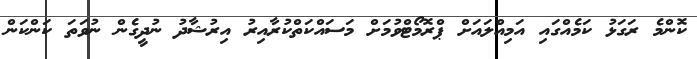
ކޮންމެ ރަގަޅު ކަމެއްގައި އަމިއްލައަށް ޕްރޮމޯޓްވުމަށް މަސައްކަތްކުރާއިރު އިރުޝާދު ނުދީގެން ނުވަތަ ކަންކަން